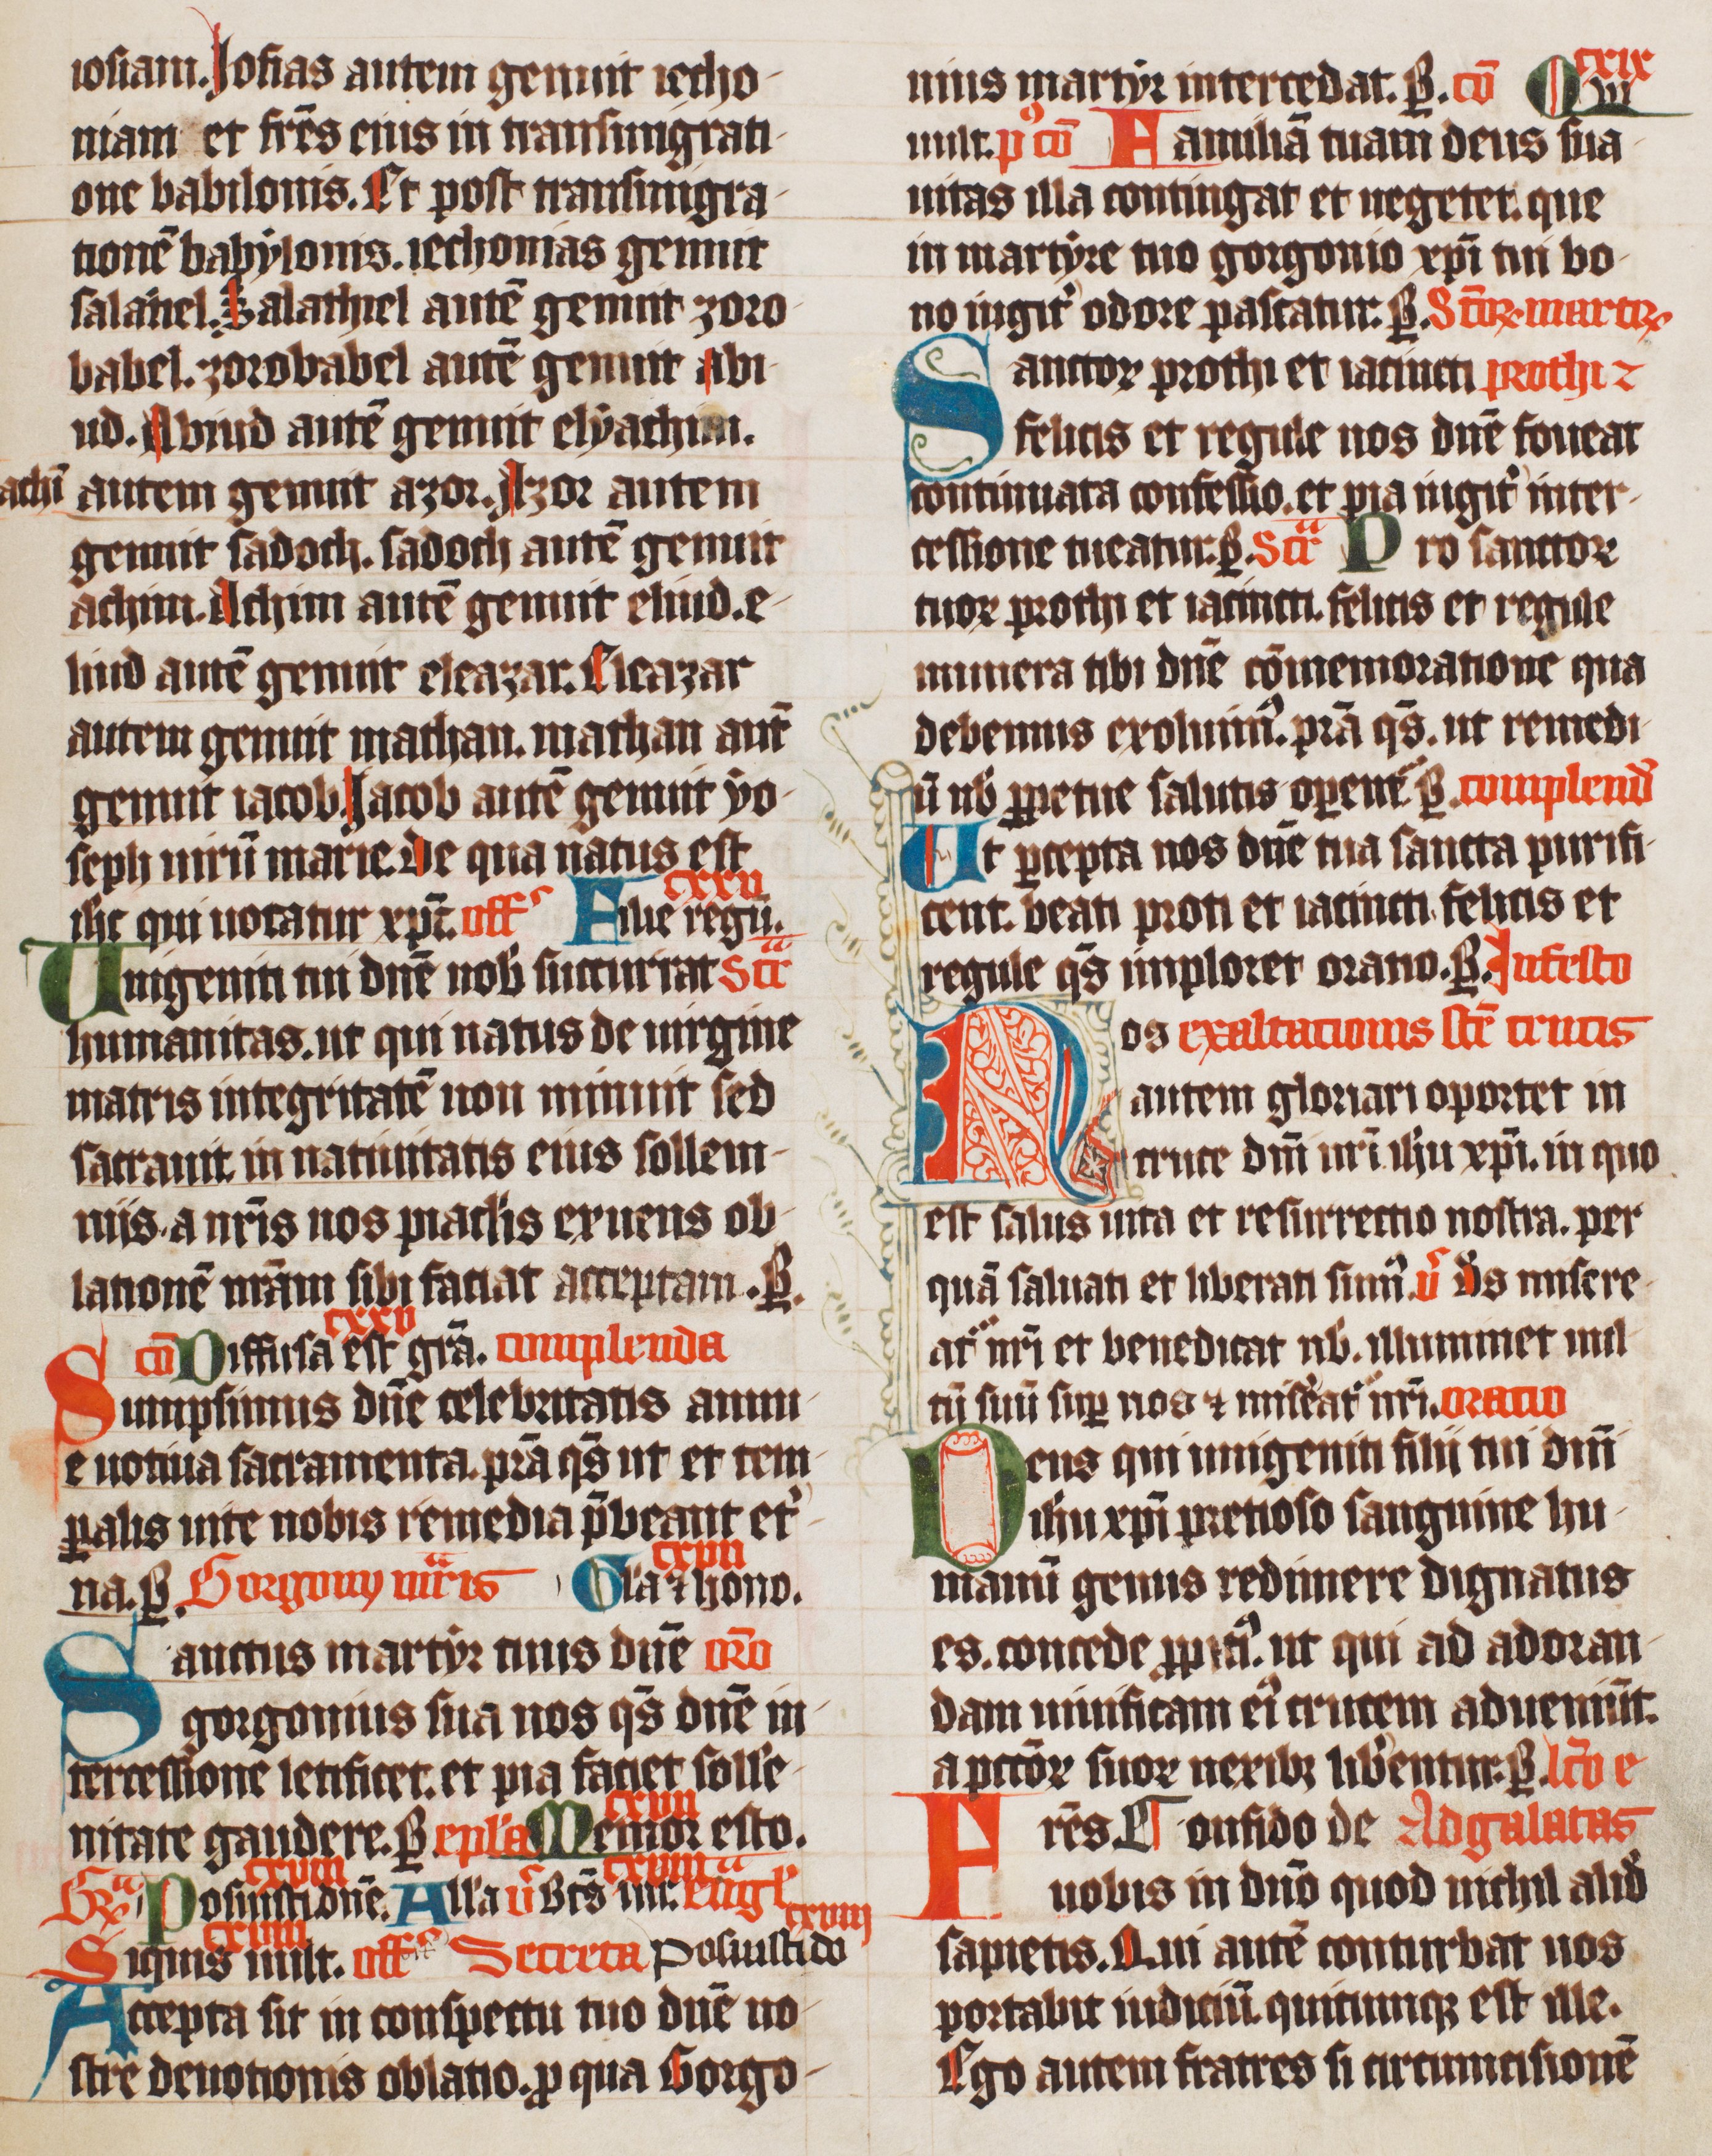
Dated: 1420–1429